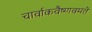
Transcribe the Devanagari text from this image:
चार्वाकवैष्णवमते